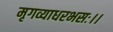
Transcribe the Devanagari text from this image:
मृगव्याधरभसः।।